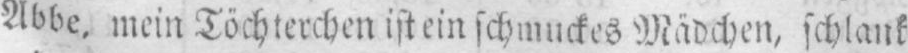
Abbe, mein Töchterchen ist ein schmuckes Mädchen, schlank